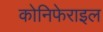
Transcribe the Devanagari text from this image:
कोनिफेराइल